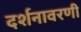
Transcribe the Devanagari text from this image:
दर्शनावरणी